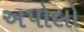
અપોલો